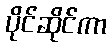
ပိုင်ဆိုင်ကာ